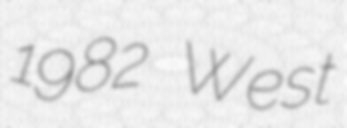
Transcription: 1982 West